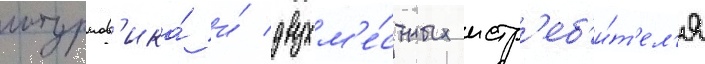
штурмов'ика́ и́ двухм'е́стных истр'еб'и́т'ел'я